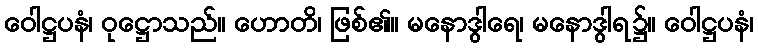
ဝေါဋ္ဌပနံ၊ ဝုဋ္ဌောသည်။ ဟောတိ၊ ဖြစ်၏။ မနောဒွါရေ၊ မနောဒွါရ၌။ ဝေါဋ္ဌပနံ၊